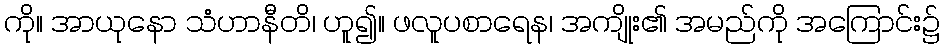
ကို။ အာယုနော သံဟာနီတိ၊ ဟူ၍။ ဖလူပစာရေန၊ အကျိုး၏ အမည်ကို အကြောင်း၌